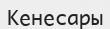
Кенесары